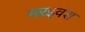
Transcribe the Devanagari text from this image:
नरइवंश